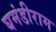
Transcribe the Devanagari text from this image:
घमंडीराम